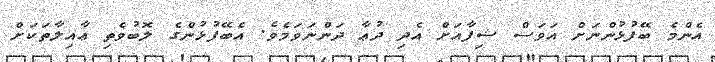
އެންމެ ބޭފުޅުންނަށް އަވަސް ޝިފާއަށް އެދި ދުޢާ ދަންނަވަމެވެ. އެބޭފުޅުންގެ ލޮބުވެތި ޢާއިލާތަކަށް